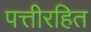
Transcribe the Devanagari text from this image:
पत्तीरहित